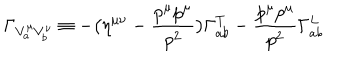
\Gamma _ { V _ { a } ^ { \mu } V _ { b } ^ { \nu } } \equiv - \bigl ( \eta ^ { \mu \nu } - { \frac { p ^ { \mu } p ^ { \mu } } { p ^ { 2 } } } \bigr ) \Gamma _ { a b } ^ { T } - { \frac { p ^ { \mu } p ^ { \mu } } { p ^ { 2 } } } \Gamma _ { a b } ^ { L }